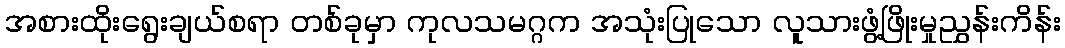
အစားထိုးရွေးချယ်စရာ တစ်ခုမှာ ကုလသမဂ္ဂက အသုံးပြုသော လူသားဖွံ့ဖြိုးမှုညွှန်းကိန်း